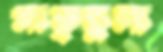
মাতৃতুল্য